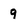
Character: 9